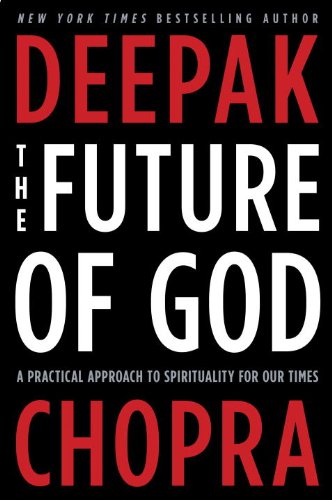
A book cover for The Future of God: A Practical Approach to Spirituality for Our Times; Deepak Chopra; Religion & Spirituality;